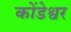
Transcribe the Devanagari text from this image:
कोंडेश्वर